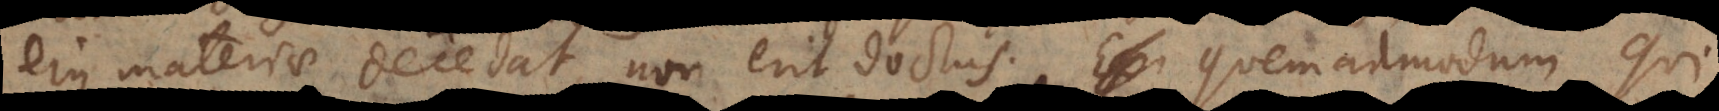
ejus materiae decedat, non erit doctus. Quemadmodum qu